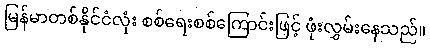
မြန်မာတစ်နိုင်ငံလုံး စစ်ရေးစစ်ကြောင်းဖြင့် ဖုံးလွှမ်းနေသည်။